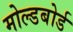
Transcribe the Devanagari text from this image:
मोल्डबोर्ड